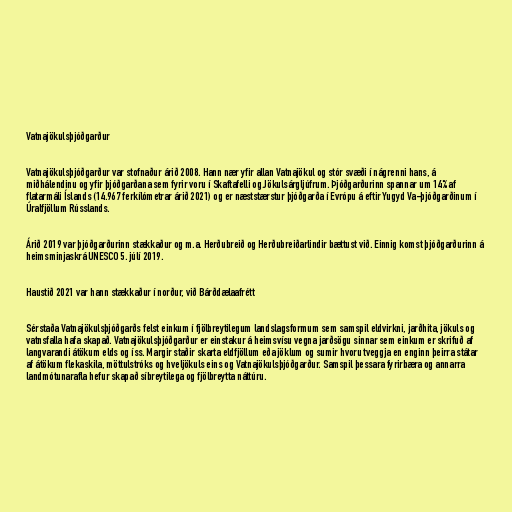
Vatnajökulsþjóðgarður

Vatnajökulsþjóðgarður var stofnaður árið 2008. Hann nær yfir allan Vatnajökul og stór svæði í nágrenni hans, á
miðhálendinu og yfir þjóðgarðana sem fyrir voru í Skaftafelli og Jökulsárgljúfrum. Þjóðgarðurinn spannar um 14% af
flatarmáli Íslands (14.967 ferkílómetrar árið 2021) og er næststærstur þjóðgarða í Evrópu á eftir Yugyd Va-þjóðgarðinum í
Úralfjöllum Rússlands.

Árið 2019 var þjóðgarðurinn stækkaður og m.a. Herðubreið og Herðubreiðarlindir bættust við. Einnig komst þjóðgarðurinn á
heimsminjaskrá UNESCO 5. júlí 2019.

Haustið 2021 var hann stækkaður í norður, við Bárðdælaafrétt

Sérstaða Vatnajökulsþjóðgarðs felst einkum í fjölbreytilegum landslagsformum sem samspil eldvirkni, jarðhita, jökuls og
vatnsfalla hafa skapað. Vatnajökulsþjóðgarður er einstakur á heimsvísu vegna jarðsögu sinnar sem einkum er skrifuð af
langvarandi átökum elds og íss. Margir staðir skarta eldfjöllum eða jöklum og sumir hvoru tveggja en enginn þeirra státar
af átökum flekaskila, möttulstróks og hveljökuls eins og Vatnajökulsþjóðgarður. Samspil þessara fyrirbæra og annarra
landmótunarafla hefur skapað síbreytilega og fjölbreytta náttúru.